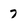
Character: 7